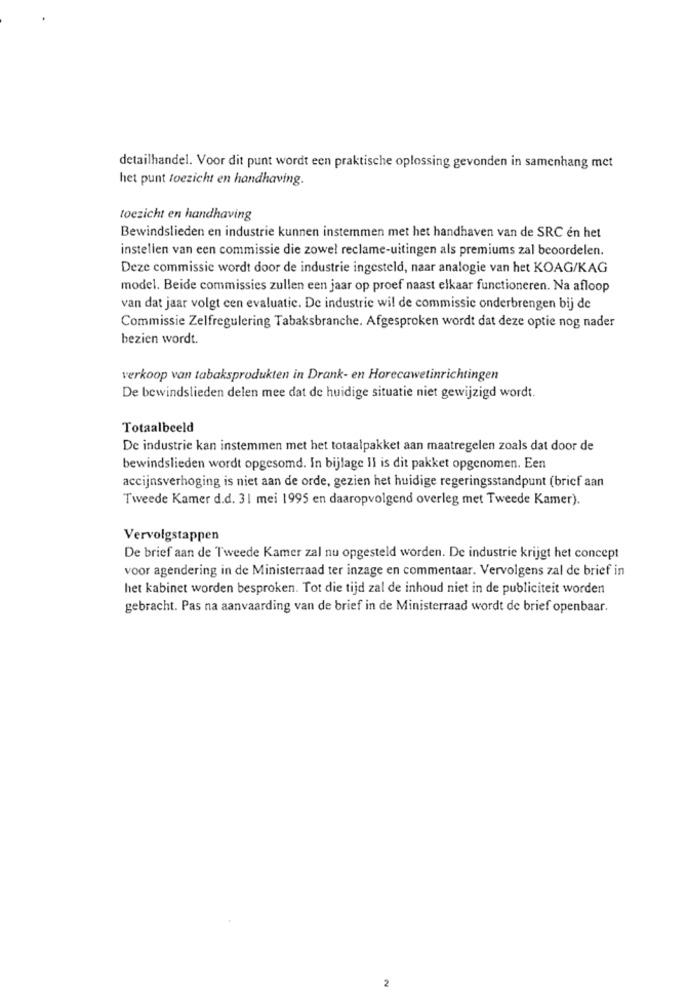
detailhandel. Voor dit punt wordt een praktische oplossing gevonden in samenhang met
het punt toezicht en handhaving.
toezicht en handhaving
Bewindslieden en industrie kunnen instemmen met het handhaven van de SRC én het
instellen van een commissie die zowel reclame-uitingen als premiums zal beoordelen.
Deze commissie wordt door de industrie ingesteld, naar analogie van het KOAG/KAG
model. Beide commissies zullen een jaar op proef naast elkaar functioneren. Na afloop
van dat jaar volgt cen evaluatie. De industrie wil de commissie onderbrengen bij de
Commissie Zelfregulering Tabaksbranche. Afgesproken wordt dat deze optie nog nader
bezien wordt.
verkoop van tabaksprodukten in Drank- en Horecawetinrichtingen
De bewindslieden delen mee dat de huidige situatie niet gewijzigd wordt.
Totaalbeeld
De industrie kan instemmen met het totaalpakket aan maatregelen zoals dat door de
bewindslieden wordt opgesomd. In bijlage Il is dit pakket opgenomen. Een
accijnsverhoging is niet aan de orde, gezien het huidige regeringsstandpunt (brief aan
Tweede Kamer d.d. 31 mei 1995 en daaropvolgend overleg met Tweede Kamer).
Vervolgstappen
De brief aan de Tweede Kamer zal nu opgesteld worden. De industrie krijgt het concept
voor agendering in de Ministerraad ter inzage en commentaar. Vervolgens zal de brief in
het kabinet worden besproken. Tot die tijd zal de inhoud niet in de publiciteit worden
gebracht. Pas na aanvaarding van de brief in de Ministerraad wordt de brief openbaar.
2